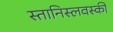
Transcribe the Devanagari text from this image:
स्तानिस्लवस्की